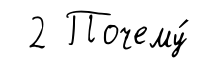
2 Почему́